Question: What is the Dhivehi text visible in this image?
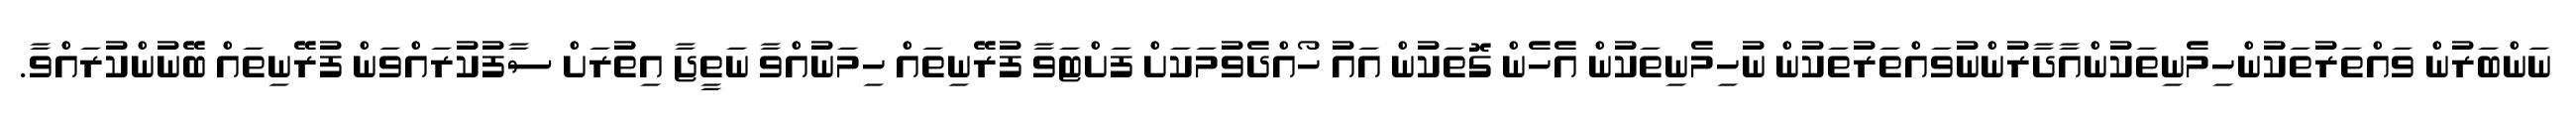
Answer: ނަންބަރުން ވައްތަރުތަކުންހިމެނިތަކުންއާދާރުންނުވައްތަރުތަކުން ނުހިމެނިތަކުން އެހެން ގޮތަކުން އައު ހޯއްދެވުމަކަށް ފަށްޓަވާ ފުރޭނިތައް ހިމަނުއްވާ ނަތީޖާ އިތުރަށް ސާފުކުރައްވަން ފުރޭނިތައް ބޭނުންކުރައްވާ.